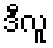
ဒီလူ